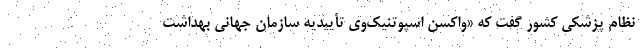
نظام پزشکی کشور گفت که «واکسن اسپوتنیک‌وی تأییدیه سازمان جهانی بهداشت